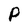
Character: P